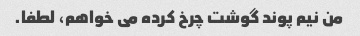
من نیم پوند گوشت چرخ کرده می خواهم، لطفا.